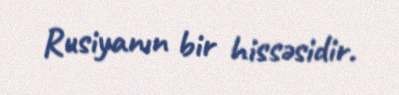
Rusiyanın bir hissəsidir.